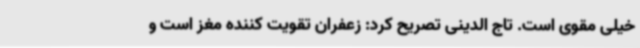
خیلی مقوی است. تاج الدینی تصریح کرد: زعفران تقویت کننده مغز است و